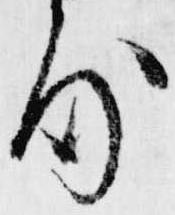
房